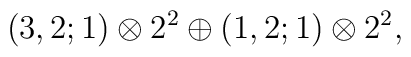
(3,2;1) \otimes 2^2 \oplus (1,2;1) \otimes 2^2,